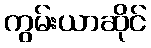
ကွမ်းယာဆိုင်